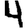
Digit: 4